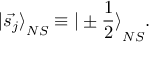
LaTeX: { \vert \vec { s _ { j } } \rangle } _ { N S } \equiv { \vert \pm \frac { 1 } { 2 } \rangle } _ { N S } .